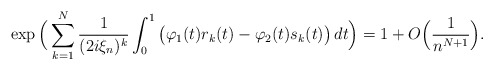
\begin{align*}\exp\Big(\sum_{k=1}^N\frac{1}{(2i\xi_n)^k} \int_0^1\big(\varphi_1(t)r_k(t)-\varphi_2(t)s_k(t)\big)\,dt\Big)= 1+O\Big(\frac{1}{n^{N+1}}\Big).\end{align*}